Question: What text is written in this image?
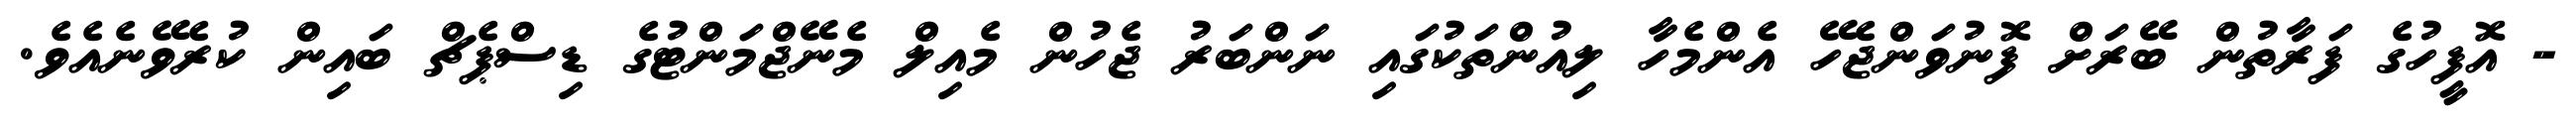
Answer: - އޮފީހުގެ ފަރާތުން ބޭރަށް ފޮނުވަންޖެހޭ އެންމެހާ ލިއުންތަކުގައި ނަންބަރު ޖެހުން މެއިލް މެނޭޖްމަންޓުގެ ޑިސްޕެޗް ބައިން ކުރެވޭނެއެވެ.